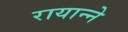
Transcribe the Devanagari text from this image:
रायान्ने